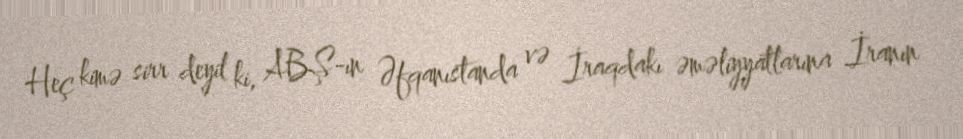
Heç kimə sirr deyil ki, ABŞ-ın Əfqanıstanda və İraqdakı əməliyyatlarına İranın